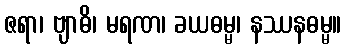
ဇရာ၊ ဗျာဓိ၊ မရဏ၊ ခယဓမ္မ၊ နဿနဓမ္မ။